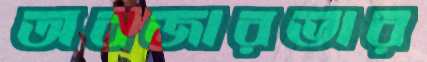
অবজারভার